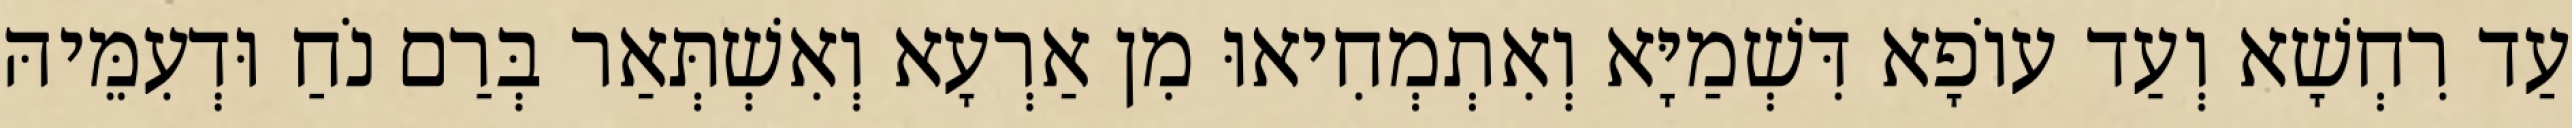
עַד רִחְשָׁא וְעַד עוֹפָא דִּשְׁמַיָּא וְאִתְמְחִיאוּ מִן אַרְעָא וְאִשְׁתְּאַר בְּרַם נֹחַ וּדְעִמֵּיהּ